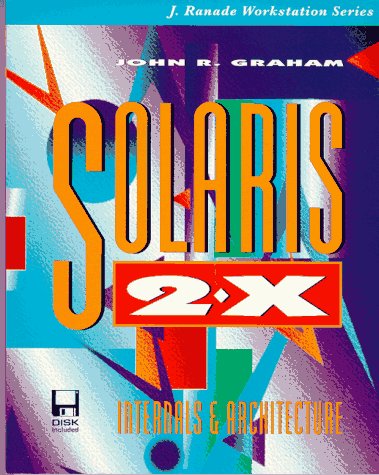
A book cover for Solaris 2.X: Internals and Architecture (J. Ranade Workstation Series); John R. Graham; Computers & Technology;